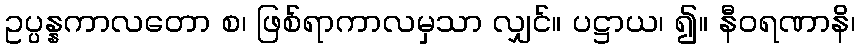
ဥပ္ပန္နကာလတော စ၊ ဖြစ်ရာကာလမှသာ လျှင်။ ပဋ္ဌာယ၊ ၍။ နီဝရဏာနိ၊